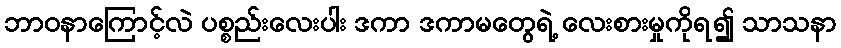
ဘာဝနာကြောင့်လဲ ပစ္စည်းလေးပါး ဒကာ ဒကာမတွေရဲ့ လေးစားမှုကိုရ၍ သာသနာ